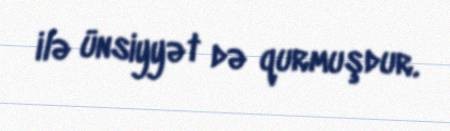
ilə ünsiyyət də qurmuşdur.